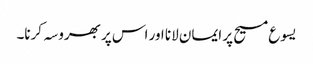
یسوع مسیح پر ایمان لانا اور اس پر بھروسہ کرنا۔